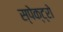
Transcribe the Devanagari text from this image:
स्पेक्ट्रो